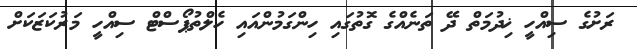
ރަށުގެ ސިއްހީ ޚިދުމަތް ދޭ ތަނެއްގެ ގޮތުގައި ހިންގަމުންއައި ހެލްތުޕޯސްޓް ސިއްހީ މަރުކަޒަކަށް